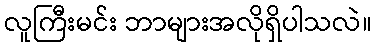
လူကြီးမင်း ဘာများအလိုရှိပါသလဲ။